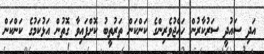
އަދި ސައުދީ ސަރުކާރުން ހައްޖުވެރިންގެ ކަންކަން ތަރުތީބު ކޮށްފައިވާ ގޮތުން އަޅުކަމުގެ ކަންކަން